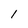
Character: 1